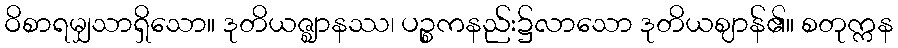
ဝိစာရမျှသာရှိသော။ ဒုတိယဇ္ဈာနဿ၊ ပဉ္စကနည်း၌လာသော ဒုတိယဈာန်၏။ စတုက္ကန